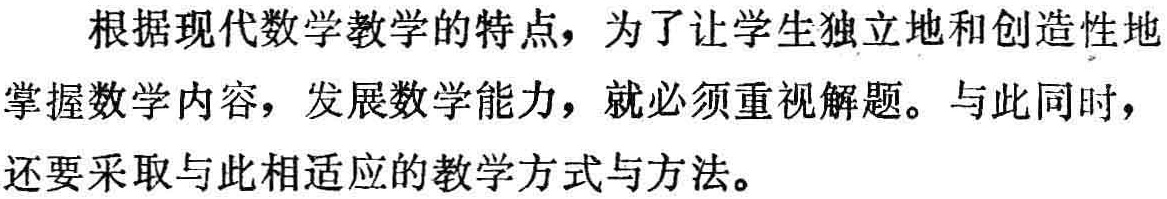
根据现代数学教学的特点，为了让学生独立地和创造性地掌握数学内容，发展数学能力，就必须重视解题。与此同时，掌握数学内容，发展数学能力，就必须重视解题。与此同时，还要采取与此相适应的教学方式与方法。